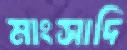
মাংসাদি